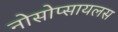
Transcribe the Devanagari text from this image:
नोसोप्सायलस